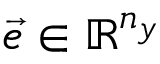
\vec { e } \in \mathbb R ^ { n _ { y } }